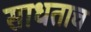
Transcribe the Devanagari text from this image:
साधताच